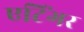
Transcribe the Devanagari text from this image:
एटिंगर